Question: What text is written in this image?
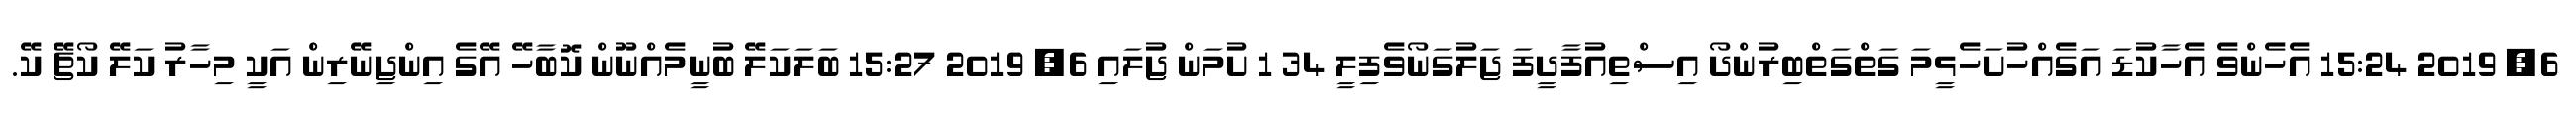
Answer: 6, 2019 15:24 އެހެންވެ އެހާކުޑަ އަގެއްހުށަހެޅީމަ ގަތްގަތްބިރުންދޯ އިސްތިއުފާދީފަ ޖަލުގަނޯވެފިލީ 34 1 ށުމަން ޖުލައި 6, 2019 15:27 ބަލަކަލޭ ބުނީމެއްނޫން ކޮބާހޭ އޭގެ އިންޖިނޭރިން އަކީ މިހާރު ކަލޭ ކޯޗޭ ކޭ.